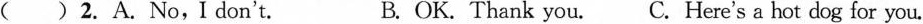
( ) 2.A.No,I don't. B. OK. Thank you. C. Here's a hot dog for you.